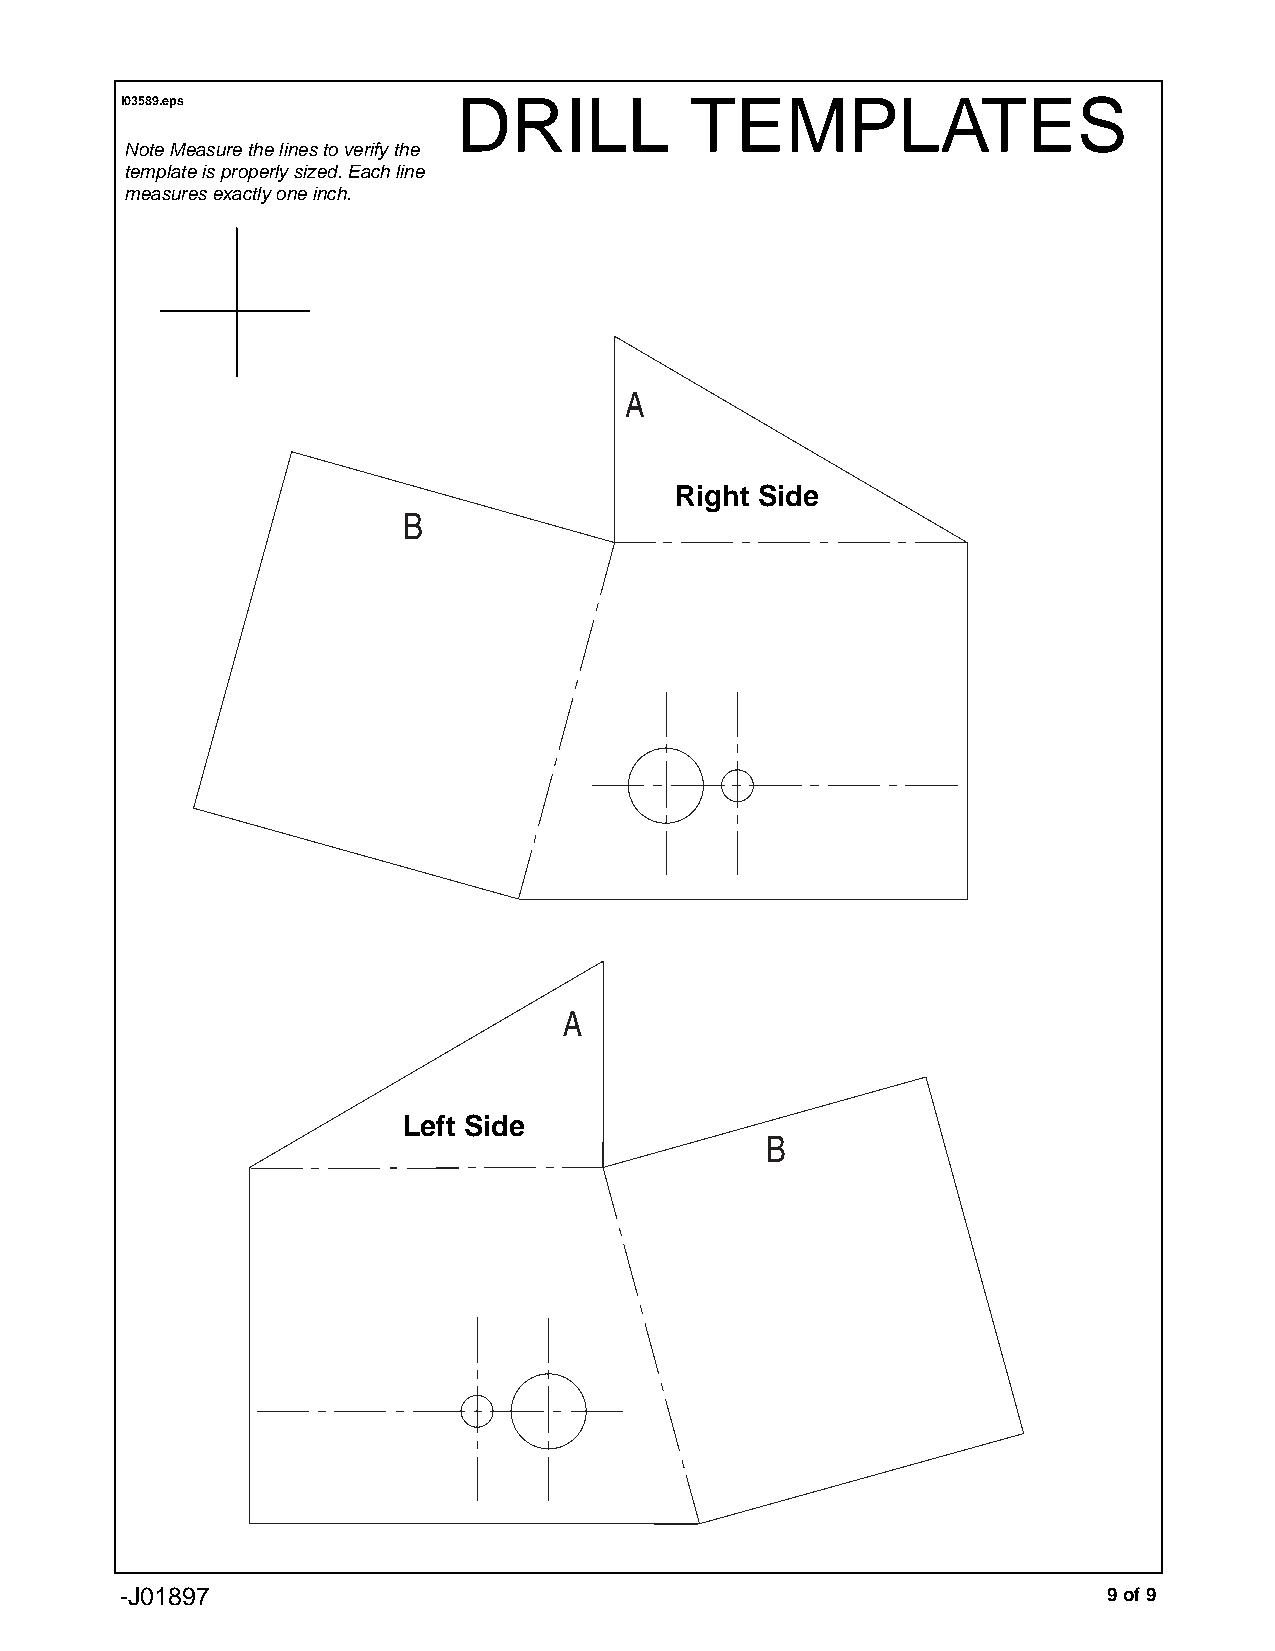
i03589.eps            DRILL           TEMPLATES
 Note Measure the lines to verify the
 template is properly sized. Each line
 measures exactly one inch.
 Right Side
 Left Side
 -J01897                                                          9 of 9